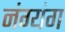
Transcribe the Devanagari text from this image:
नंग्यंग